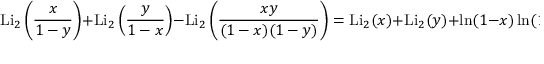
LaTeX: \operatorname { L i } _ { 2 } \left( { \frac { x } { 1 - y } } \right) + \operatorname { L i } _ { 2 } \left( { \frac { y } { 1 - x } } \right) - \operatorname { L i } _ { 2 } \left( { \frac { x y } { ( 1 - x ) ( 1 - y ) } } \right) = \operatorname { L i } _ { 2 } ( x ) + \operatorname { L i } _ { 2 } ( y ) + \ln ( 1 - x ) \ln ( 1 - y )